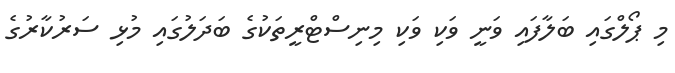
މި ޕޯލްގައި ބަލާފައި ވަނީ ވަކި ވަކި މިނިސްޓްރީތަކުގެ ބަދަލުގައި މުޅި ސަރުކާރުގެ